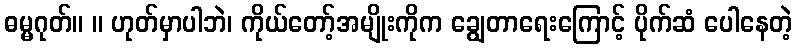
ဓမ္မဂုတ်။ ။ ဟုတ်မှာပါဘဲ၊ ကိုယ်တော့်အမျိုးကိုက ချွေတာရေးကြောင့် ပိုက်ဆံ ပေါနေတဲ့